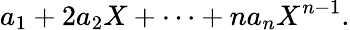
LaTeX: a_{1}+2a_{2}X+\cdots+na_{n}X^{n-1}.